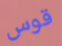
قوس